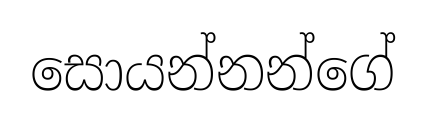
සොයන්නන්ගේ